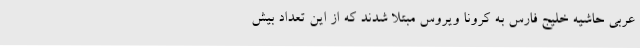
عربی حاشیه خلیج فارس به کرونا ویروس مبتلا شدند که از این تعداد بیش